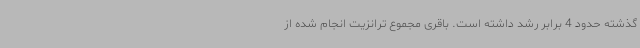
گذشته حدود 4 برابر رشد داشته است. باقری مجموع ترانزیت انجام شده از